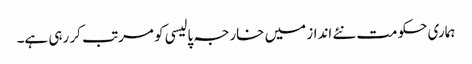
ہماری حکومت نئے انداز میں خارجہ پالیسی کو مرتب کر رہی ہے۔